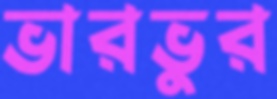
ভারভুর